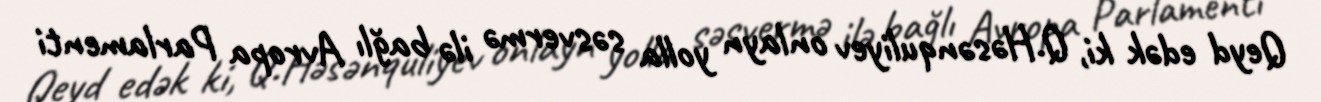
Qeyd edək ki, Q.Həsənquliyev onlayn yolla səsvermə ilə bağlı Avropa Parlamenti